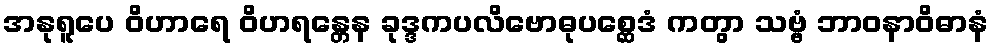
အနုရူပေ ဝိဟာရေ ဝိဟရန္တေန ခုဒ္ဒကပလိဗောဓုပစ္ဆေဒံ ကတွာ သဗ္ဗံ ဘာဝနာဝိဓာနံ